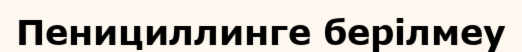
Пенициллинге берілмеу